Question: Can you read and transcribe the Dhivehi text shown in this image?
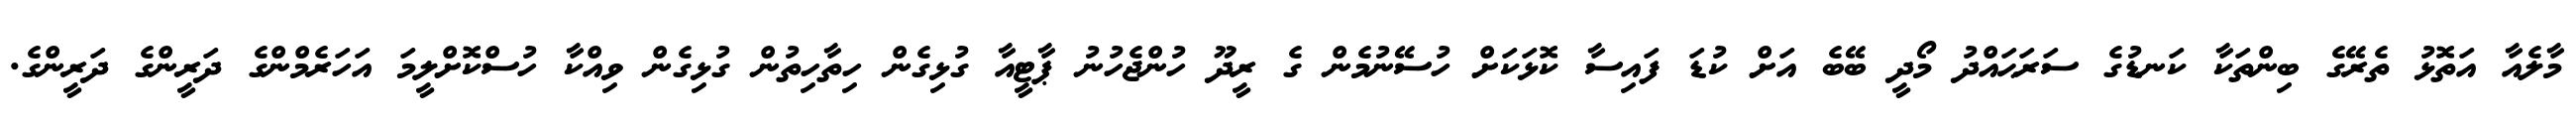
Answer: މާލެއާ އަތޮޅު ތެރޭގެ ބިންތަކާ ކަނޑުގެ ސަރަޙައްދު މޯދީ ބޭބެ އަށް ކުޑަ ފައިސާ ކޮޅަކަށް ހުސޭނުމެން ގެ ރީދޫ ހުންޖެހުނު ޕާޓީއާ ގުޅިގެން ހިތާހިތުން ގުޅިގެން ވިއްކާ ހުސްކޮށްލީމަ އަހަރެމްންގެ ދަރީންގެ ދަރީންގެ.